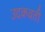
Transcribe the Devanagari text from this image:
उदकवती